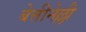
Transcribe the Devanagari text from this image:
बेत्तीनेल्ली